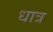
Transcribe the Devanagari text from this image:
धात्र